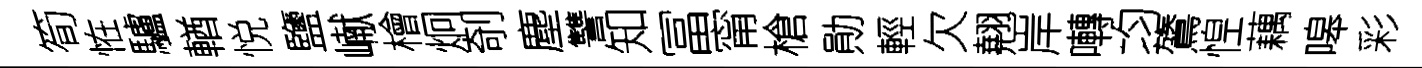
筍恠驢輶悦鹽𪩘檜炯剞塵讐知冨甯槍勛輕欠翹岸囀均鷟惶藕嗥彩